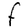
Character: F